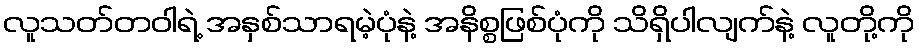
လူသတ်တဝါရဲ့ အနှစ်သာရမဲ့ပုံနဲ့ အနိစ္စဖြစ်ပုံကို သိရှိပါလျက်နဲ့ လူတို့ကို